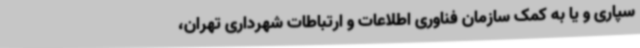
سپاری و یا به کمک سازمان فناوری اطلاعات و ارتباطات شهرداری تهران،